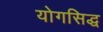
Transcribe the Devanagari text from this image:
योगसिद्ध